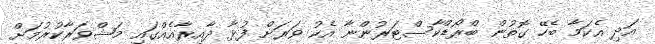
އަދި އެކަމާ ބެހޭ ގޮތުން ބްރޯޑްކާސްޓަރުންނާ އެކު ވަރަށް ފުޅާ ދާއިރާއެއްގައި މަޝްވަރާކުރުމަށް